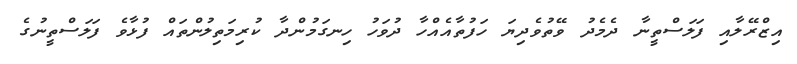
އިޒްރޭލާއި ފަލަސްތީނާ ދެމެދު ވޭތުވެދިޔަ ހަފުތާއެއްހާ ދުވަހު ހިނގަމުންދާ ކުރިމަތިލުންތައް ފުޅާވެ ފަލަސްތީނުގެ